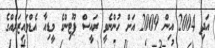
އަދި 2004 އިން 2009 އަށް ހުންނެވީ ރައީސް ޕޫޓިންގެ މީޑިއާ އެޑްވައިޒަރެއްގެ